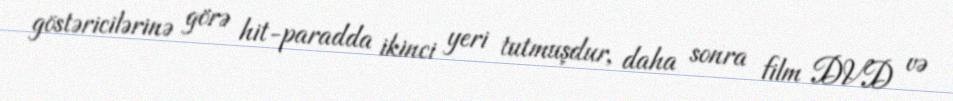
göstəricilərinə görə hit-paradda ikinci yeri tutmuşdur, daha sonra film DVD və